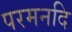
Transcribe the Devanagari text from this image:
परमनदि